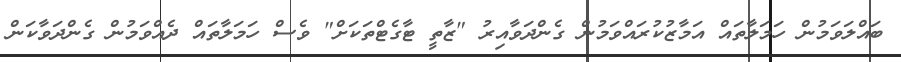
ބައްލަވަމުން ހަމަލާތައް އަމާޒުކުރައްވަމުން ގެންދަވާއިރު "ޒާތީ ޓާގެޓްތަކަށް" ވެސް ހަމަލާތައް ދެއްވަމުން ގެންދަވާކަން